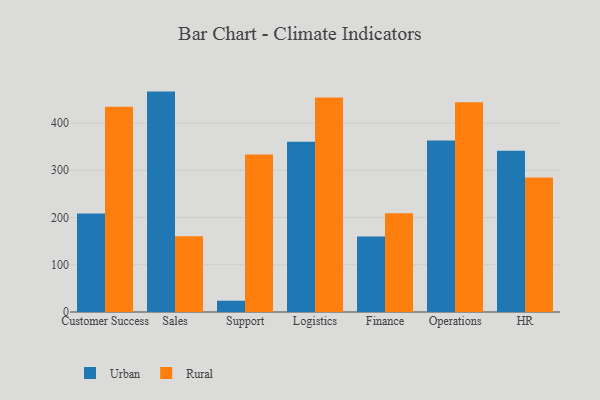
{"axis": {"x": "Department", "y": "Production Output"}, "legend": ["Rural", "Urban"], "data": [{"x": "Customer Success", "y": 208.5, "type": "Urban"}, {"x": "Customer Success", "y": 434.7, "type": "Rural"}, {"x": "Sales", "y": 466.6, "type": "Urban"}, {"x": "Sales", "y": 160.4, "type": "Rural"}, {"x": "Support", "y": 23.9, "type": "Urban"}, {"x": "Support", "y": 333.7, "type": "Rural"}, {"x": "Logistics", "y": 360.2, "type": "Urban"}, {"x": "Logistics", "y": 454.2, "type": "Rural"}, {"x": "Finance", "y": 159.6, "type": "Urban"}, {"x": "Finance", "y": 209.3, "type": "Rural"}, {"x": "Operations", "y": 363.1, "type": "Urban"}, {"x": "Operations", "y": 444.2, "type": "Rural"}, {"x": "HR", "y": 341.2, "type": "Urban"}, {"x": "HR", "y": 284.9, "type": "Rural"}]}